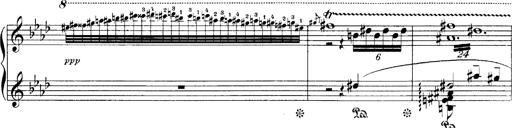
Title: LiebestrÃ¤ume
Composer: Franz Behr
Key: E-flat major